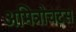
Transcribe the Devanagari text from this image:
अमित्रोचटस